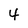
Character: 4